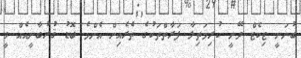
ބުނަނީ ޓިކެޓް ދޭނީ ކުރިމަތިލާ ފަރާތްތަކުގެ ތެރެއިން އެންމެ ބޮޑު ޤުރުބާނީއެއް ވީ